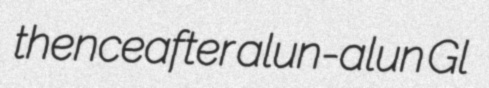
thenceafter alun-alun Gl